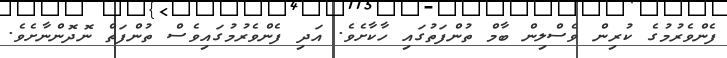
ފެންވެރުމުގެ ކުރިން ވެސްލިން ބާމް ތުންފަތުގައި ހާކާށެވެ. އަދި ފެންވެރުމުގައިވެސް ތުންފަތް ނޮދޮންނާށެވެ.